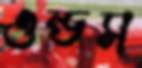
ওন্ডস